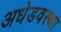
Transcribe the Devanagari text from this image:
अधेडवस्था